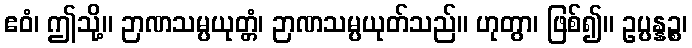
ဧဝံ၊ ဤသို့။ ဉာဏသမ္ပယုတ္တံ၊ ဉာဏသမ္ပယုတ်သည်။ ဟုတွာ၊ ဖြစ်၍။ ဥပ္ပန္နဉ္စ၊